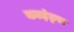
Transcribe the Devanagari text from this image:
काइंड्स